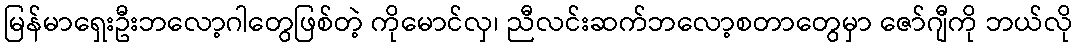
မြန်မာရှေးဦးဘလော့ဂါတွေဖြစ်တဲ့ ကိုမောင်လှ၊ ညီလင်းဆက်ဘလော့စတာတွေမှာ ဇော်ဂျီကို ဘယ်လို